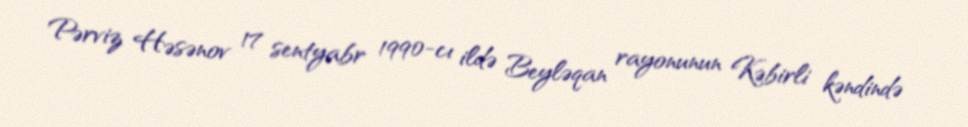
Pərviz Həsənov 17 sentyabr 1990-cı ildə Beyləqan rayonunun Kəbirli kəndində